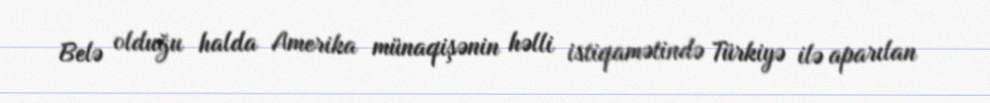
Belə olduğu halda Amerika münaqişənin həlli istiqamətində Türkiyə ilə aparılan